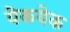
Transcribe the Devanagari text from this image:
येकयेक